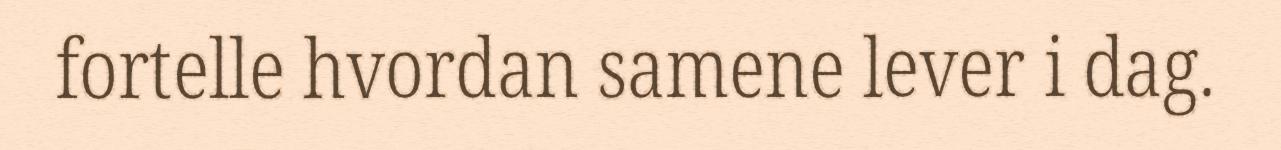
fortelle hvordan samene lever i dag.